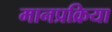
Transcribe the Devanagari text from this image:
मानप्रक्रिया